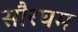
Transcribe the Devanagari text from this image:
सौरघम